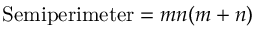
{ \mathrm { S e m i p e r i m e t e r } } = m n ( m + n )